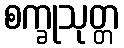
စက္ခုသုတ္တ